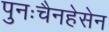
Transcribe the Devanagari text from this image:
पुनःचैनहेसेन